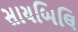
સાયબિલિ